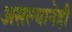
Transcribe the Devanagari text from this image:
असल्यानेही